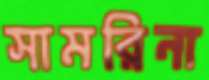
সামরিনা